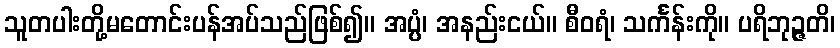
သူတပါးတို့မတောင်းပန်အပ်သည်ဖြစ်၍။ အပ္ပံ၊ အနည်းငယ်။ စီဝရံ၊ သင်္ကန်းကို။ ပရိဘုဉ္ဇတိ၊